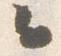
々